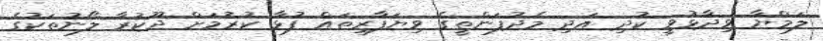
ލަމްޔާ ވިދާޅުވީ ކުދި އަދި މެދުފަންތީގެ ވިޔަފާރިތައް ފުޅާ ކުރުމަށް ދޫކުރާ ލޯނުތަކުގެ